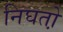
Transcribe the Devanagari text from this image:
निघतो़